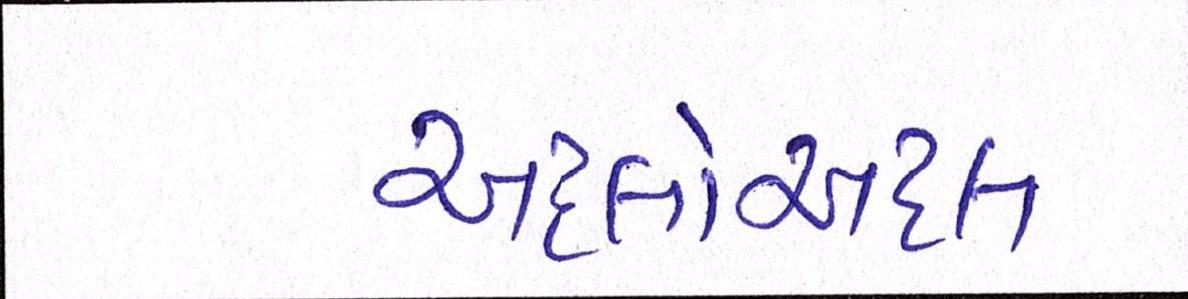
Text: અદલોઅદલ